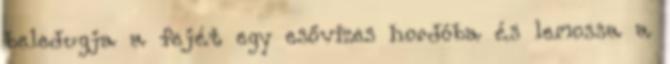
beledugja a fejét egy esővizes hordóba és lemossa a